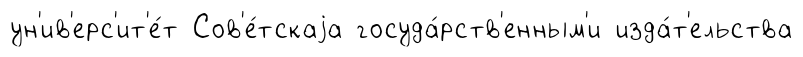
ун'ив'ерс'ит'е́т Сов'е́тскаjа госуда́рств'енным'и изда́т'ельства